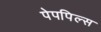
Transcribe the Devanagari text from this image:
पेपपिल्स